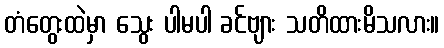
တံတွေးထဲမှာ သွေး ပါမပါ ခင်ဗျား သတိထားမိသလား။